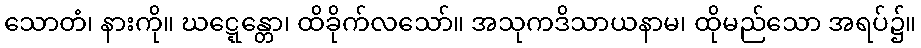
သောတံ၊ နားကို။ ဃဋ္ဋေန္တော၊ ထိခိုက်လသော်။ အသုကဒိသာယနာမ၊ ထိုမည်သော အရပ်၌။